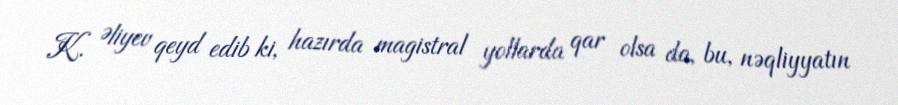
K. Əliyev qeyd edib ki, hazırda magistral yollarda qar olsa da, bu, nəqliyyatın